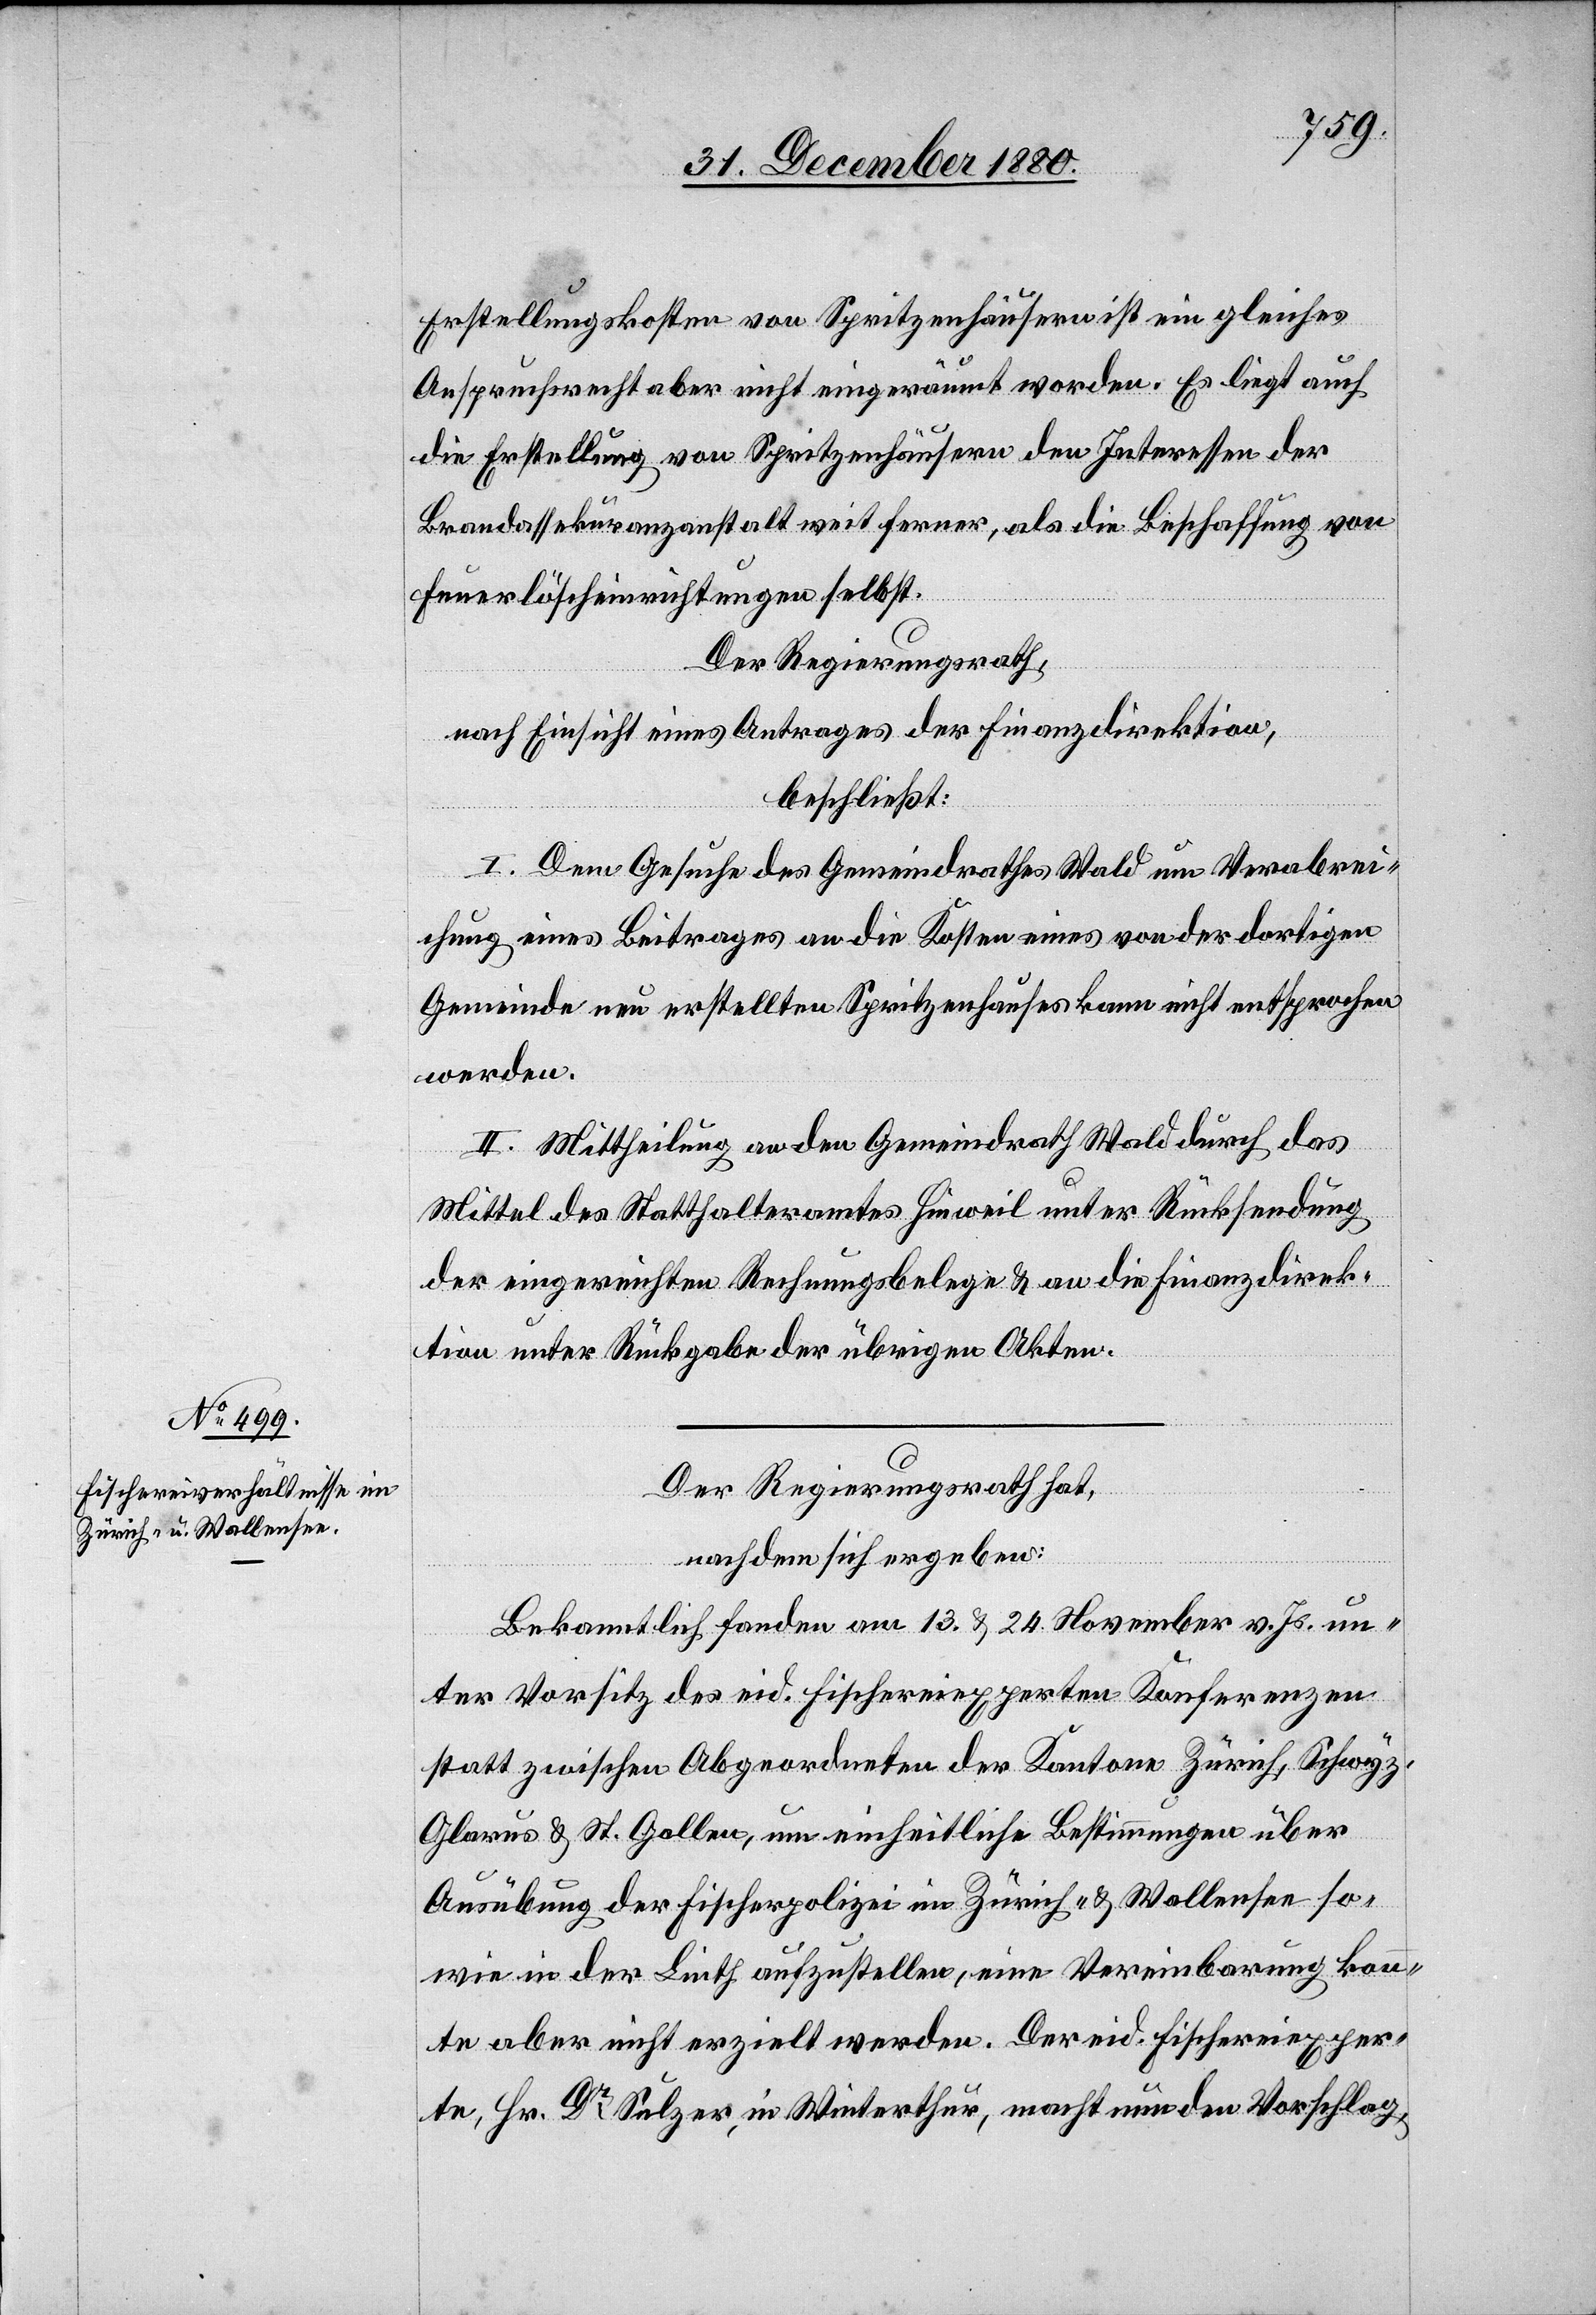
Erstellungskosten [sic!] von Spritzenhäusern ist ein gleiches
Anspruchsrecht aber nicht eingeräumt worden. Es liegt auch
die Erstellung von Spritzenhäusern den Interessen der
Brandassekuranzanstalt weit ferner, als die Beschaffung von
Feuerlöscheinrichtungen selbst.
Der Regierungsrath,
nach Einsicht eines Antrages der Finanzdirektion,
beschließt:
I. Dem Gesuche des Gemeindrathes Wald um Verabrei¬
chung eines Beitrages an die Kosten eines vor der dortigen
Gemeinde neu erstellten Spritzenhauses kann nicht entsprochen
werden.
II. Mittheilung an den Gemeindrath Wald durch das
Mittel des Statthalteramtes Hinweil unter Rücksendung
der eingereichten Rechnungsbelege & an die Finanzdirek¬
tion unter Rückgabe der übrigen Akten.
Der Regierungsrath hat,
nachdem sich ergeben:
Bekanntlich fanden am 13. & 24. November v. Js. un¬
ter Vorsitz des eid. Fischereiexperten Konferenzen
statt zwischen Abgeordneten der Kantone Zürich, Schwyz,
Glarus & St. Gallen, um einheitliche Bestimmungen über
Ausübung der Fischerpolizei im Zürich- & Wallensee so¬
wie in der Linth aufzustellen, eine Vereinbarung konn¬
te aber nicht erzielt werden. Der eid. Fischereiexper¬
te, Hr. Dr Sulzer, in Winterthur, macht nun den Vorschlag